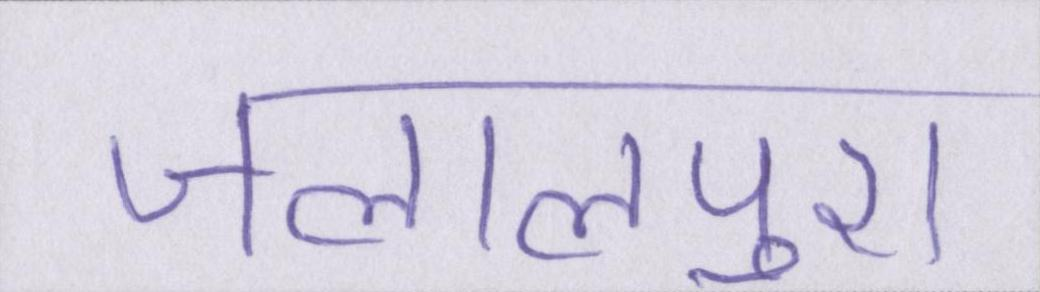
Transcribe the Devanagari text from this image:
जलालपुरा